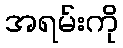
အရမ်းကို